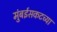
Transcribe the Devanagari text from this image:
मुंबईसकटच्या